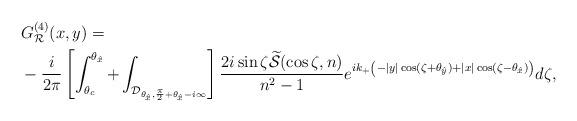
LaTeX: \begin{align*}& G^{(4)}_{\mathcal R}(x,y)=\\&-\frac{i}{2\pi}\left[\int_{\theta_c}^{\theta_{\hat x}} + \int_{\mathcal D_{\theta_{\hat x}, \frac\pi2+\theta_{\hat x}-i\infty}}\right] \frac{2i\sin\zeta\widetilde{\mathcal S}(\cos\zeta,n)}{n^2-1}{e^{ik_{+} \left(-\vert y \vert\cos(\zeta+\theta_{\hat y})+ \vert x \vert\cos(\zeta-\theta_{\hat x})\right)}}d\zeta,\end{align*}